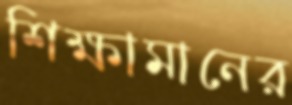
শিক্ষামানের